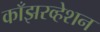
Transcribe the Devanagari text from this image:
काँझरव्हेशन